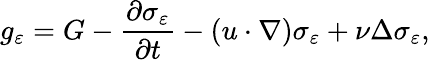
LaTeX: g_{\varepsilon}=G-\frac{\partial\sigma_{\varepsilon}}{\partial t}-(u\cdot\nabla)\sigma_{\varepsilon}+\nu\Delta\sigma_{\varepsilon},